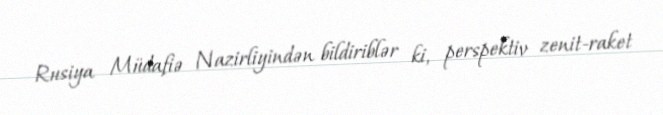
Rusiya Müdafiə Nazirliyindən bildiriblər ki, perspektiv zenit-raket